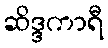
ဆိဒ္ဒကာရီ